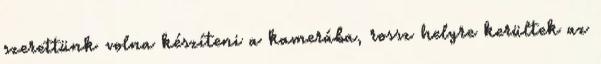
szerettünk volna készíteni a kamerába, rossz helyre kerültek az